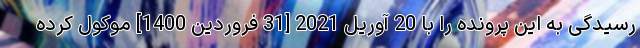
رسیدگی به این پرونده را با 20 آوریل 2021 [31 فروردین 1400] موکول کرده